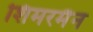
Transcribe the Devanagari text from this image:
शिमरमैन